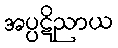
အပ္ပဋိညာယ